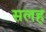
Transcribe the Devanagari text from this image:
सलह